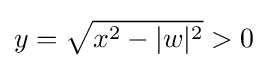
y={\sqrt {x^{2}-|w|^{2}}}>0